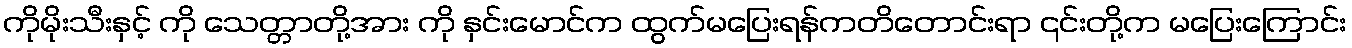
ကိုမိုးသီးနှင့် ကို သေတ္တာတို့အား ကို နှင်းမောင်က ထွက်မပြေးရန်ကတိတောင်းရာ ၎င်းတို့က မပြေးကြောင်း